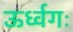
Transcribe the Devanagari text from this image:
ऊर्ध्वगः